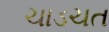
ચાડચત